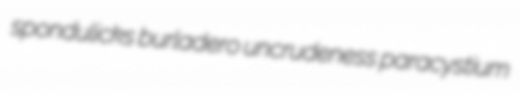
spondulicks burladero uncrudeness paracystium